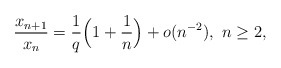
\begin{align*}\frac{x_{n+1}}{x_{n}}=\frac1q\Big(1+\frac1n\Big)+o(n^{-2}),\ n\ge 2,\end{align*}